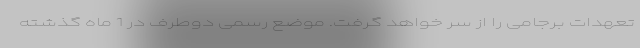
تعهدات برجامی را از سر خواهد گرفت. موضع رسمی دوطرف در 1 ماه گذشته